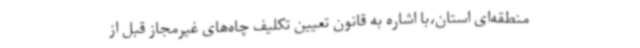
منطقه‌ای استان،با اشاره به قانون تعیین تکلیف چاه‌های غیرمجاز قبل از